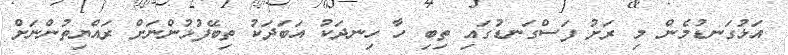
އަޅުގަނޑުމެން މި ރަށު ފަސްގަނޑުގައި ތިބި ހާ ހިނދަކު އަބަދަކު ތިބޭފުޅުންނަށް ރައްޔިތުންނަށް